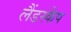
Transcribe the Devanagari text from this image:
लैंडस्कैप